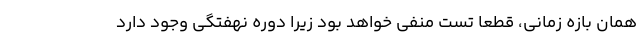
همان بازه زمانی، قطعا تست منفی خواهد بود زیرا دوره نهفتگی وجود دارد